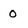
Character: 0